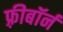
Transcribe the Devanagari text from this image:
फ़्रीबॉर्न